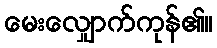
မေးလျှောက်ကုန်၏။